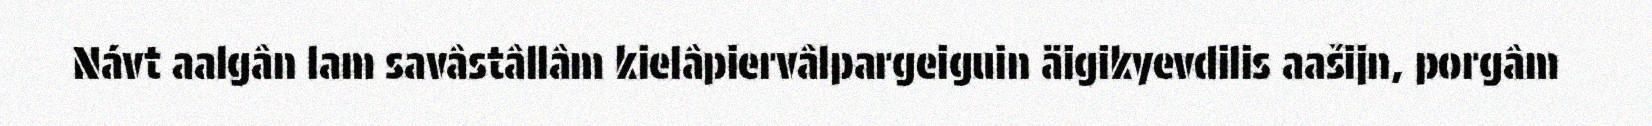
Návt aalgân lam savâstâllâm kielâpiervâlpargeiguin äigikyevdilis aašijn, porgâm